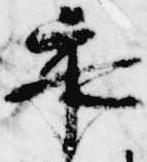
承